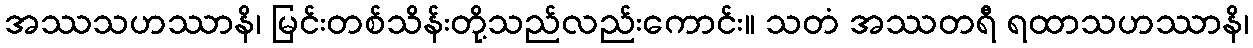
အဿသဟဿာနိ၊ မြင်းတစ်သိန်းတို့သည်လည်းကောင်း။ သတံ အဿတရီ ရထာသဟဿာနိ၊